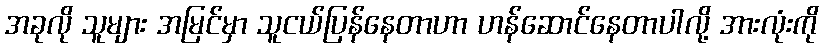
အခုလို သူများ အမြင်မှာ သူငယ်ပြန်နေတာဟာ ဟန်ဆောင်နေတာပါလို့ အားလုံးကို